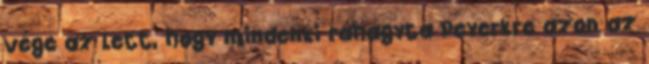
vége az lett, hogy mindenki ráhagyta Peyerkre azon az